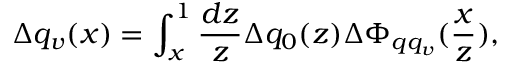
\Delta q _ { v } ( x ) = \int _ { x } ^ { 1 } \frac { d z } { z } \Delta q _ { 0 } ( z ) \Delta \Phi _ { q q _ { v } } ( \frac { x } { z } ) ,